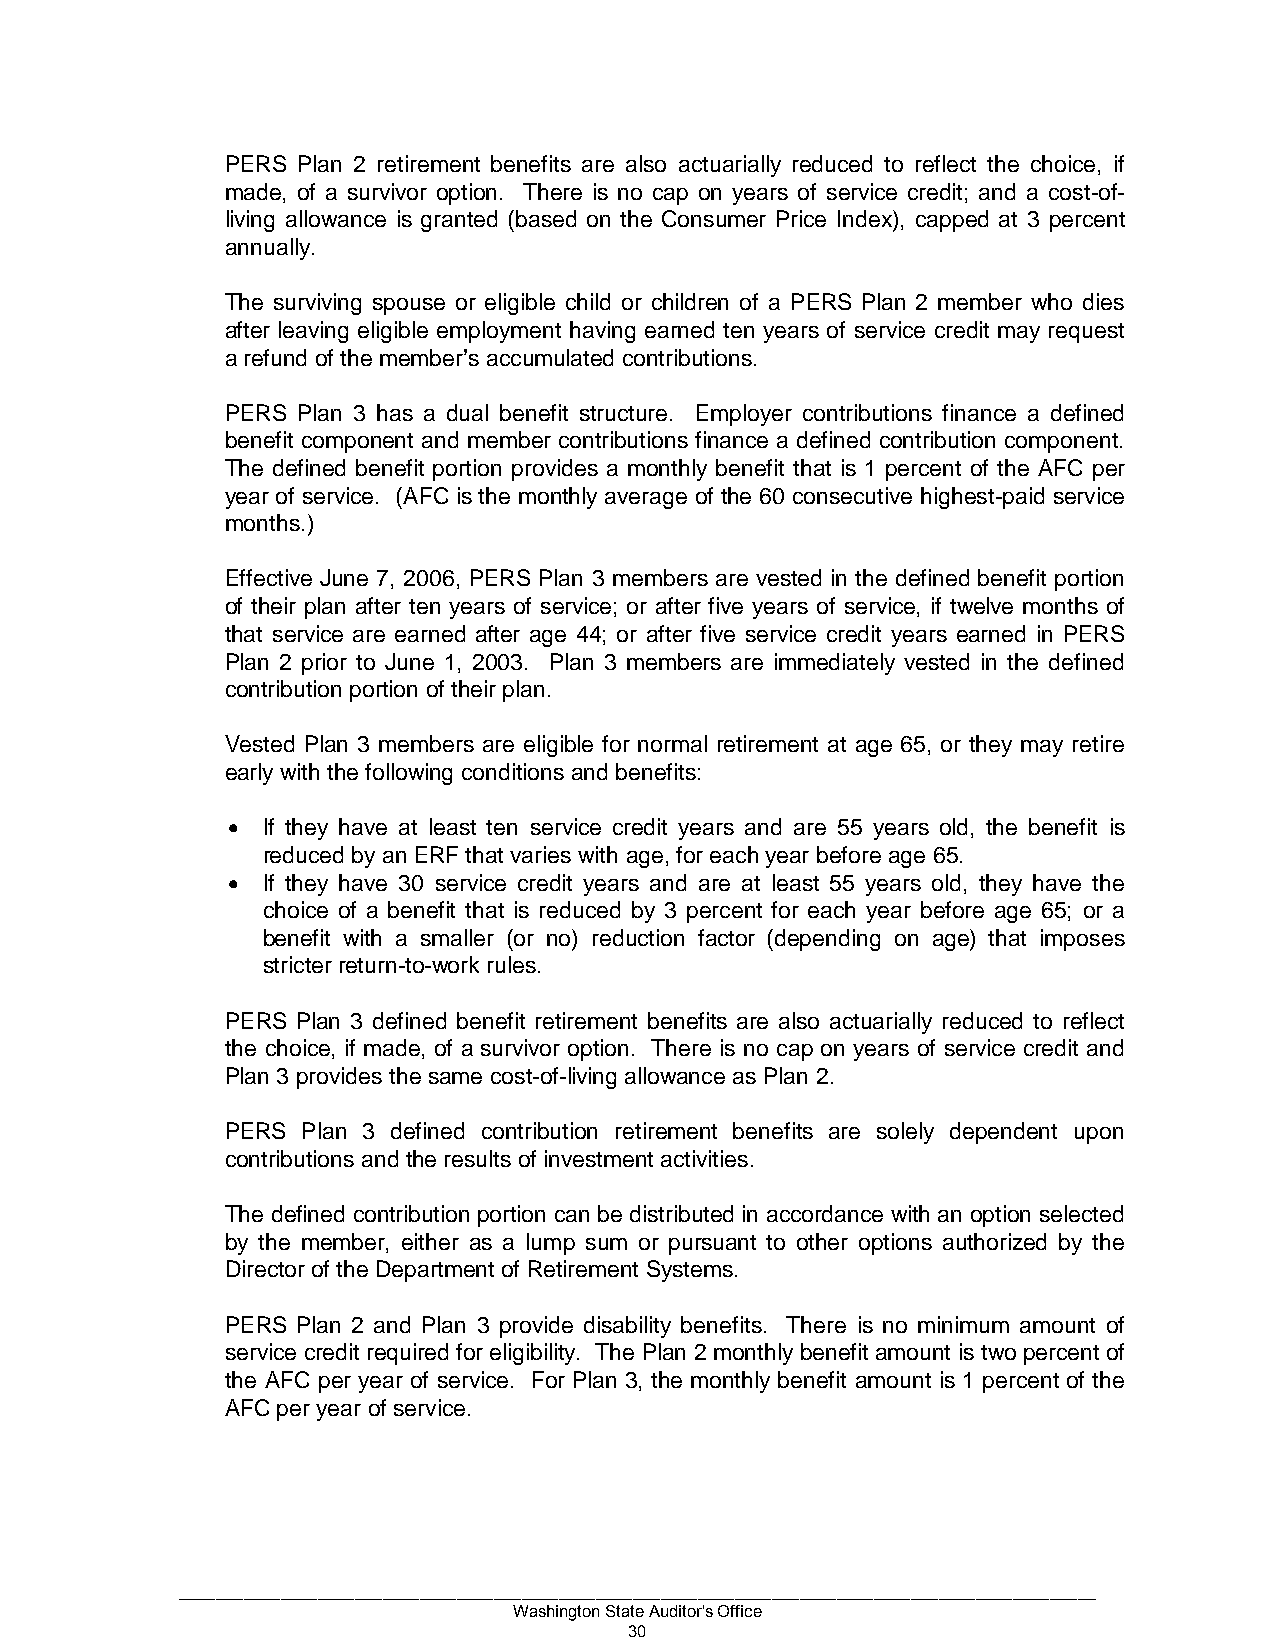
PERS Plan 2 retirement benefits are also actuarially reduced to reflect the choice, if
 made, of a survivor option. There is no cap on years of service credit; and a cost-of-
 living allowance is granted (based on the Consumer Price Index), capped at 3 percent
 annually.
 The surviving spouse or eligible child or children of a PERS Plan 2 member who dies
 after leaving eligible employment having earned ten years of service credit may request
 a refund of the member’s accumulated contributions.
 PERS Plan 3 has a dual benefit structure. Employer contributions finance a defined
 benefit component and member contributions finance a defined contribution component.
 The defined benefit portion provides a monthly benefit that is 1 percent of the AFC per
 year of service. (AFC is the monthly average of the 60 consecutive highest-paid service
 months.)
 Effective June 7, 2006, PERS Plan 3 members are vested in the defined benefit portion
 of their plan after ten years of service; or after five years of service, if twelve months of
 that service are earned after age 44; or after five service credit years earned in PERS
 Plan 2 prior to June 1, 2003. Plan 3 members are immediately vested in the defined
 contribution portion of their plan.
 Vested Plan 3 members are eligible for normal retirement at age 65, or they may retire
 early with the following conditions and benefits:
 • If they have at least ten service credit years and are 55 years old, the benefit is
 reduced by an ERF that varies with age, for each year before age 65.
 • If they have 30 service credit years and are at least 55 years old, they have the
 choice of a benefit that is reduced by 3 percent for each year before age 65; or a
 benefit with a smaller (or no) reduction factor (depending on age) that imposes
 stricter return-to-work rules.
 PERS Plan 3 defined benefit retirement benefits are also actuarially reduced to reflect
 the choice, if made, of a survivor option. There is no cap on years of service credit and
 Plan 3 provides the same cost-of-living allowance as Plan 2.
 PERS Plan 3 defined contribution retirement benefits are solely dependent upon
 contributions and the results of investment activities.
 The defined contribution portion can be distributed in accordance with an option selected
 by the member, either as a lump sum or pursuant to other options authorized by the
 Director of the Department of Retirement Systems.
 PERS Plan 2 and Plan 3 provide disability benefits. There is no minimum amount of
 service credit required for eligibility. The Plan 2 monthly benefit amount is two percent of
 the AFC per year of service. For Plan 3, the monthly benefit amount is 1 percent of the
 AFC per year of service.
 ___________________________________________________________________________________________________
 Washington State Auditor's Office
 30